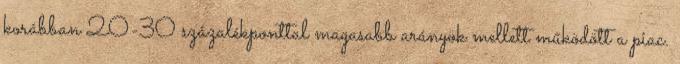
korábban 20-30 százalékponttal magasabb arányok mellett működött a piac.